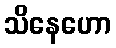
သိနေဟော